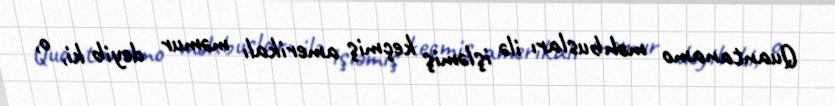
Quantanamo məhbusları ilə işləmiş keçmiş amerikalı məmur deyib ki, o,